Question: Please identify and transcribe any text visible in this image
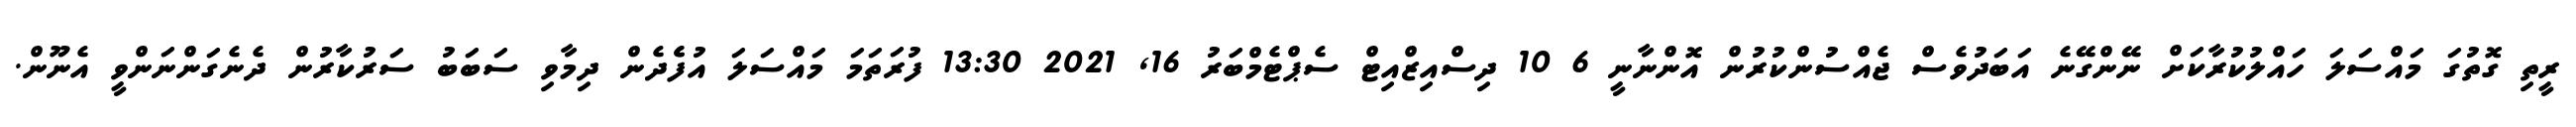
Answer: ރީތި ގޮތުގަ މައްސަލަ ހައްލުކުރާކަށް ނޭންގޭނެ އަބަދުވެސް ޖެއްސުންކުރުން އޮންނާނީ 6 10 ދިސްއިޒްއިޓް ސެޕްޓެމްބަރު 16, 2021 13:30 ފުރަތަމަ މައްސަލަ އުފެެދެން ދިމާވި ސަބަބު ސަރުކާރުން ދެނެގަންނަންވީ އެނޫން.